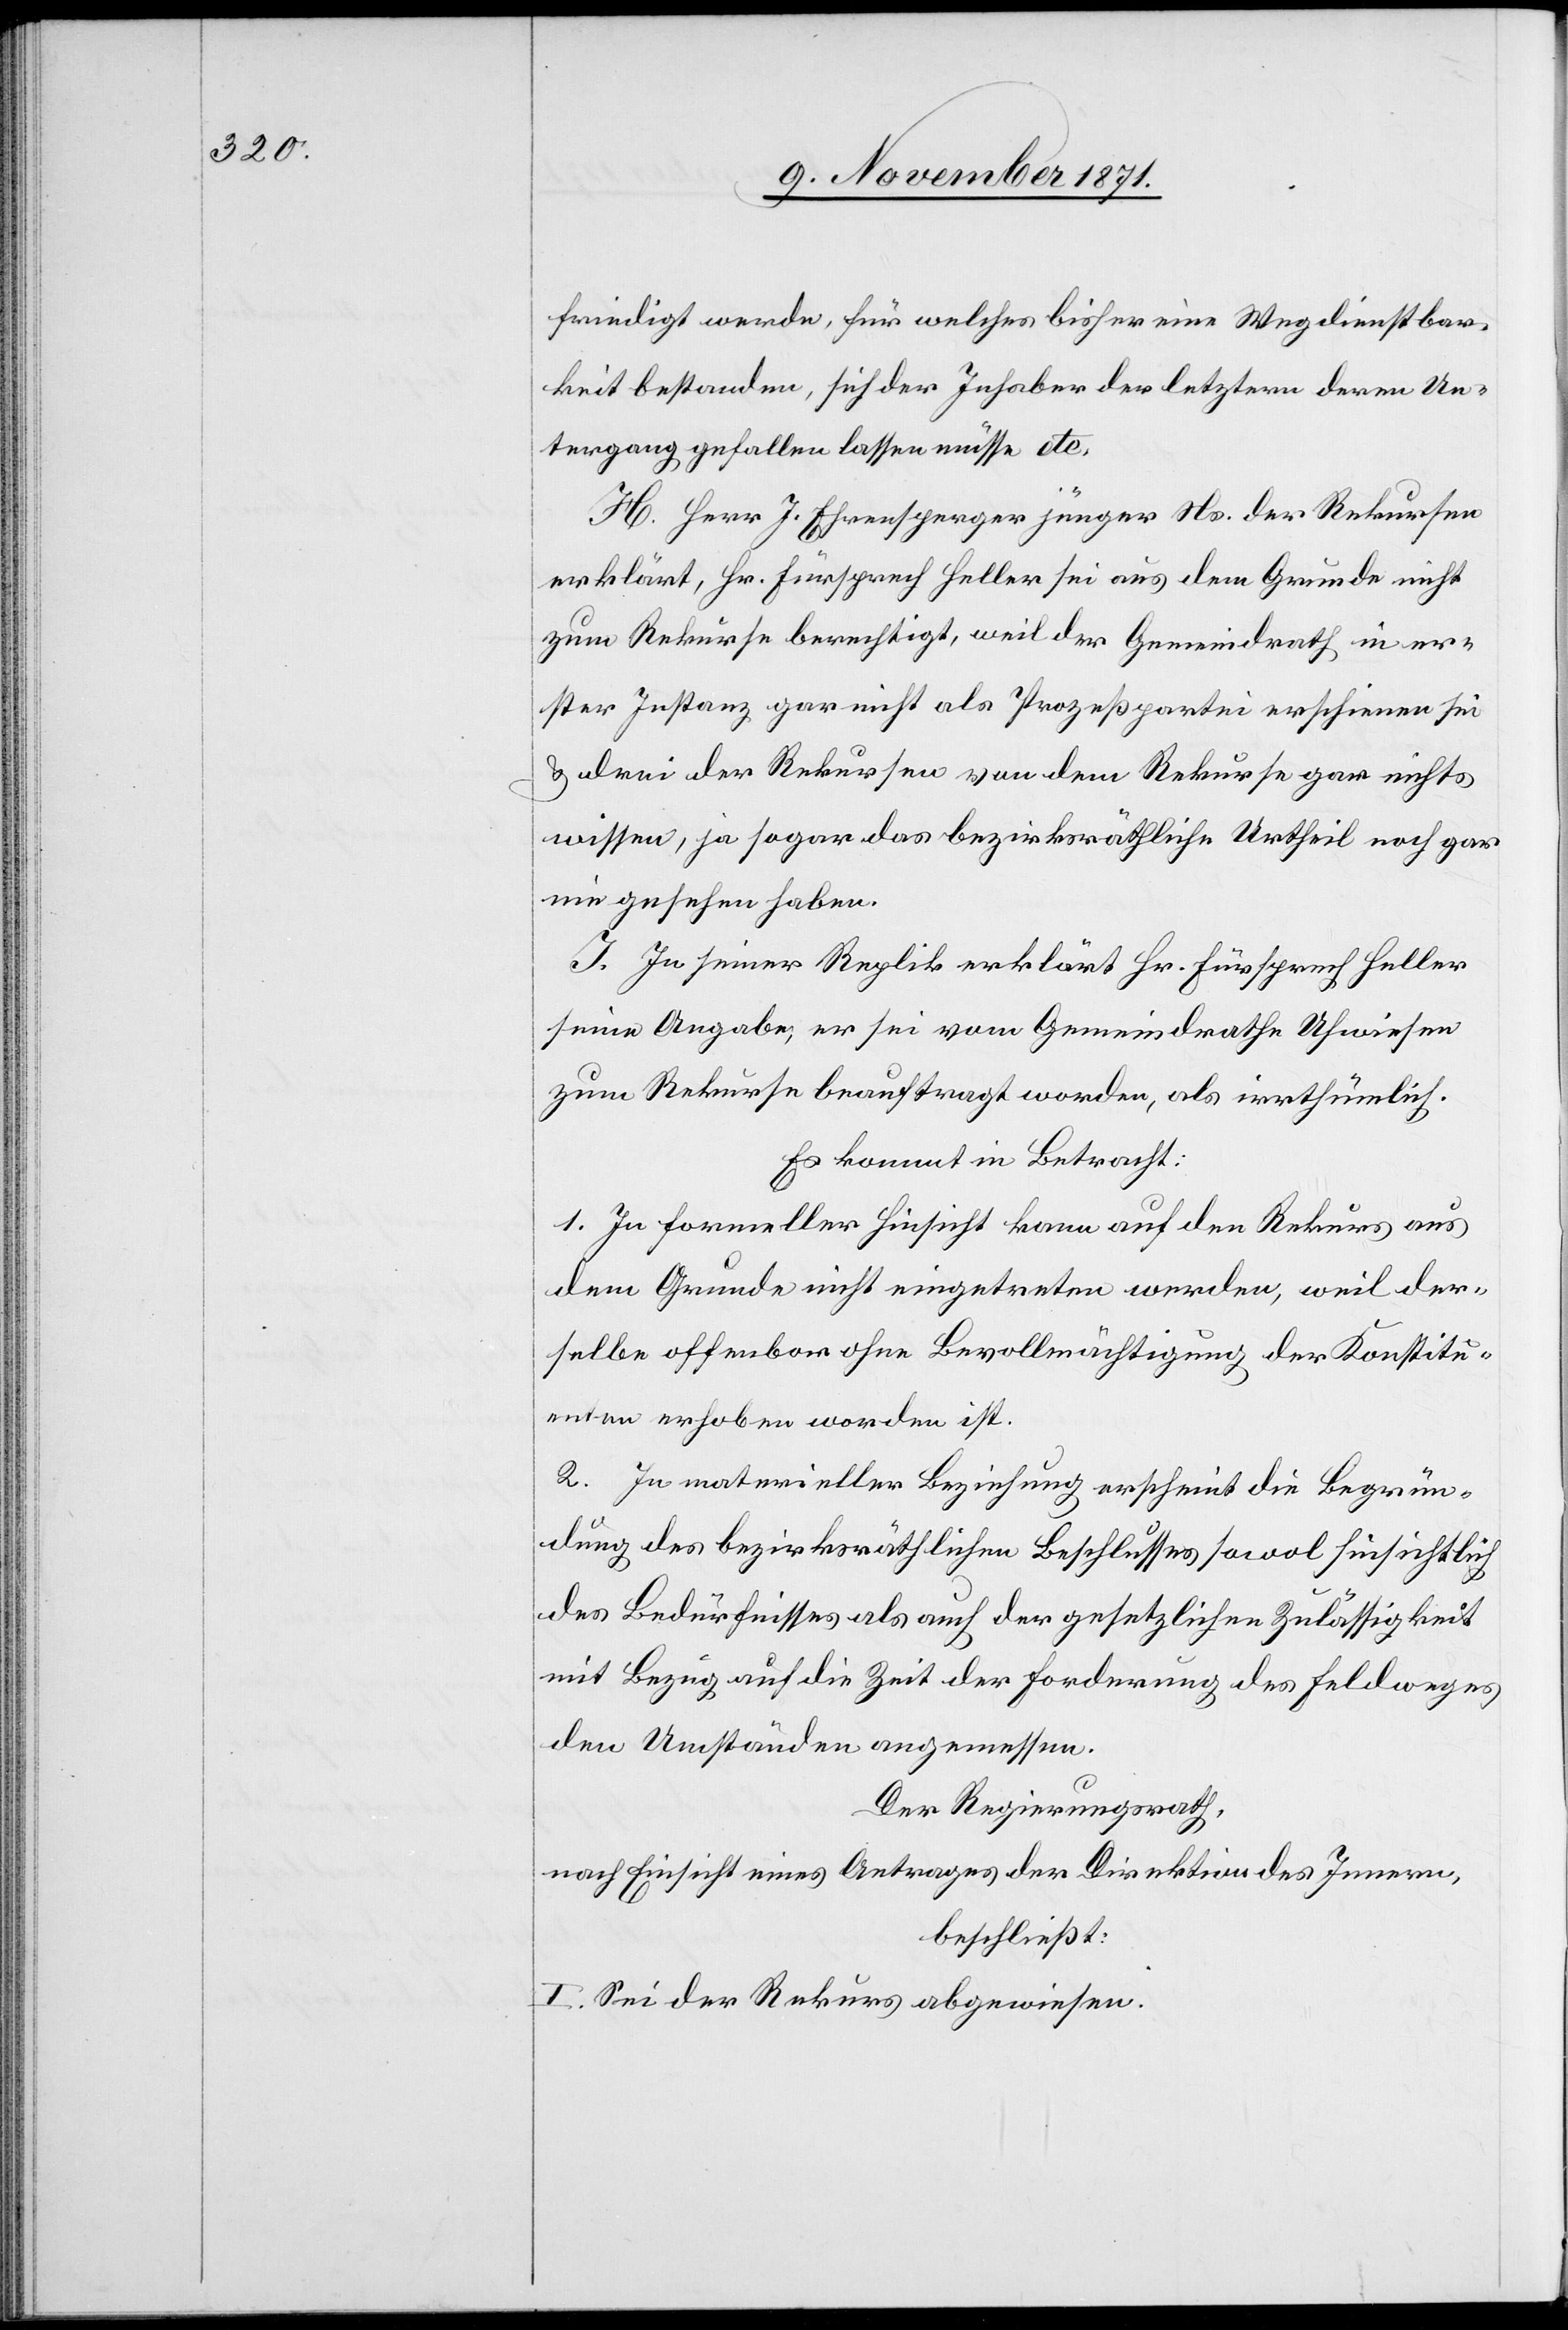
friedigt werde, für welches bisher eine Wegdienstbar¬
keit bestanden, sich der Inhaber der letztern deren Un¬
tergang gefallen lassen müsste etc.
H. Herr J. Ehrensperger jünger Ns. der Rekursen
erklärt, Hr. Fürsprech Heller sei aus dem Grunde nicht
zum Rekurse berechtigt, weil der Gemeindrath in er¬
ster Instanz gar nicht als Prozeßpartei erschienen sei
& drei der Rekursen von dem Rekurse gar nichts
wissen, ja sogar das bezirksräthliche Urtheil noch gar
nie gesehen haben.
I. In seiner Replik erklärt Hr. Fürsprech Heller
seine Angabe, er sei vom Gemeindrath Uhwiesen
zum Rekurse beauftragt worden, als irrthümlich.
Es kommt in Betracht:
1. In formeller Hinsicht kann auf den Rekurs aus
dem Grunde nicht eingetreten werden, weil der¬
selbe offenbar ohne Bevollmächtigung der Konstitu¬
enten erhoben worden ist.
2. In materieller Beziehung erscheint die Begrün¬
dung des bezirksräthlichen Beschlusses sowol hinsichtlich
des Bedürfnisses als auch der gesetzlichen Zulässigkeit
mit Bezug auf die Zeit der Forderung des Feldweges
den Umständen angemessen.
Der Regierungsrath,
nach Einsicht eines Antrages der Direktion des Innern,
beschließt:
I. Sei der Rekurs abgewiesen.